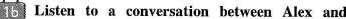
1b Listen to a conversation between Alex and